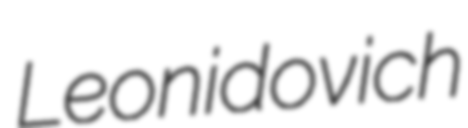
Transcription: Leonidovich